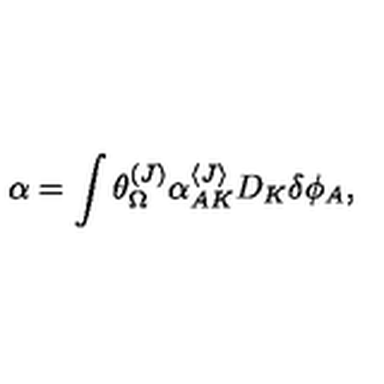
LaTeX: \alpha = \int \theta _ { \Omega } ^ { ( J ) } \alpha _ { A K } ^ { \langle J \rangle } D _ { K } \delta \phi _ { A } ,